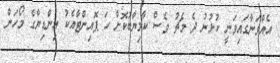
އެއްވަނާގައިވަނީ ކުޅުނު ދެ މެޗު ވެސް ކާމިޔާބުކޮށް ހަ ޕޮއިންޓާއެކު އިންޑިޔާގެ މޯހަން